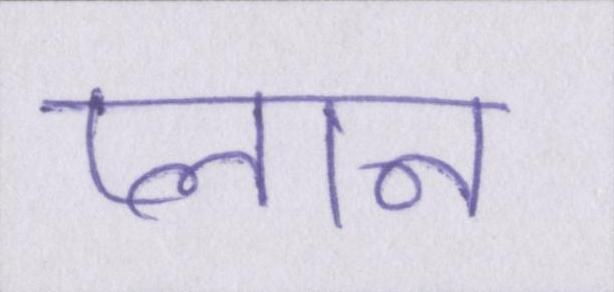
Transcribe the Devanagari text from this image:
प्लान